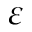
\varepsilon